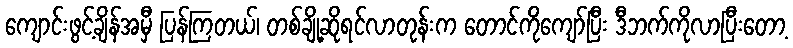
ကျောင်းဖွင့်ချိန်အမှီ ပြန်ကြတယ်၊ တစ်ချို့ဆိုရင်လာတုန်းက တောင်ကိုကျော်ပြီး ဒီဘက်ကိုလာပြီးတော့